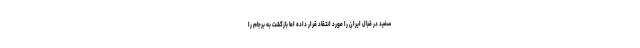
سفید در قبال ایران را مورد انتقاد قرار داده اما بازگشت به برجام را